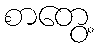
စာတွေ့